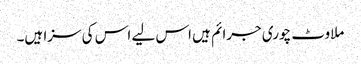
ملاوٹ چوری جرائم ہیں اس لیے اس کی سزا ہیں۔